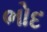
ભોદ